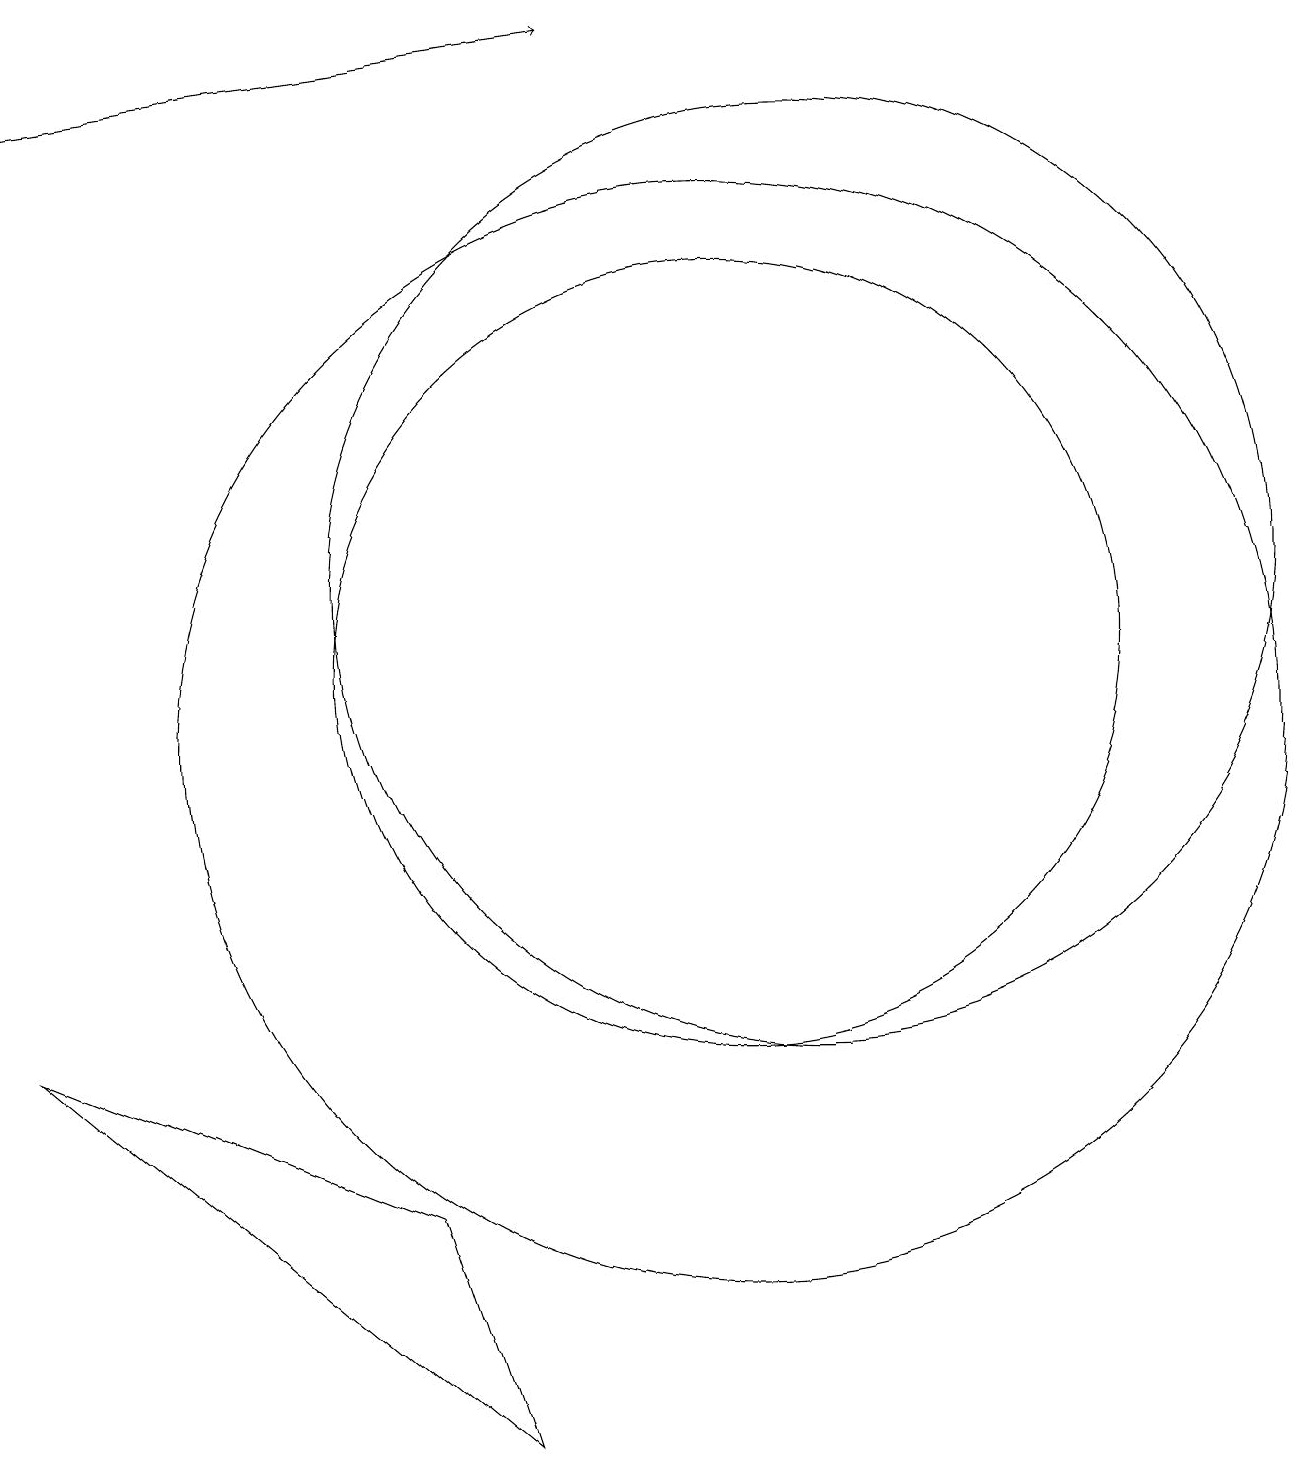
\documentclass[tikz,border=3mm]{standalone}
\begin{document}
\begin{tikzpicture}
\draw (12,11) circle (0);
\draw (10,12) circle (0);
\draw (7,1) -- (6,4) -- (1,6) -- cycle;
\draw[->] (1,18) -- (8,19);
\draw (10,11) circle (5);
\draw (10,10) circle (7);
\draw (11,12) circle (6);
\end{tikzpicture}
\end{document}